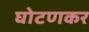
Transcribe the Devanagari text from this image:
घोटणकर